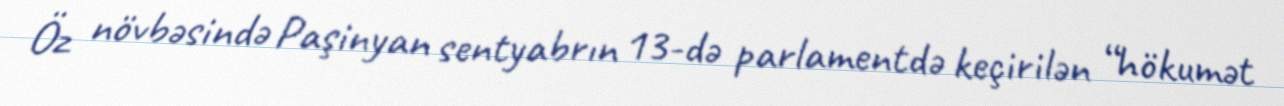
Öz növbəsində Paşinyan sentyabrın 13-də parlamentdə keçirilən “hökumət